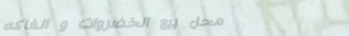
محل بيع الخضروات و الفاكه